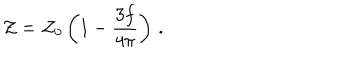
{ \cal Z } = { \cal Z } _ { 0 } \left( 1 - \frac { 3 f } { 4 \pi } \right) \, .